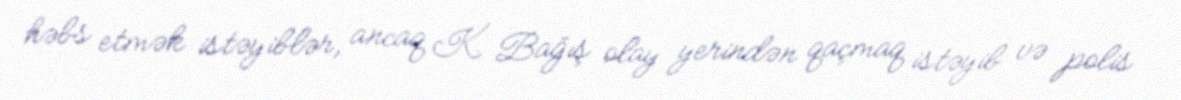
həbs etmək istəyiblər, ancaq K. Bağış olay yerindən qaçmaq istəyib və polis